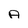
Character: A